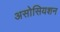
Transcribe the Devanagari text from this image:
असोसियशन